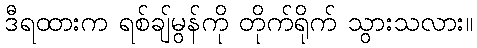
ဒီရထားက ရစ်ချ်မွန်ကို တိုက်ရိုက် သွားသလား။